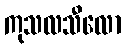
ကုသလသီလော